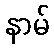
နာမ်